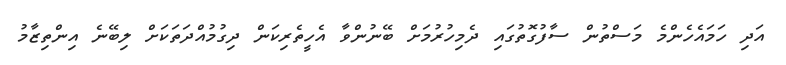
އަދި ހަމައެހެންމެ މަސްތުން ސާފުގޮތުގައި ދެމިހުރުމަށް ބޭނުންވާ އެހީތެރިކަން ދިގުމުއްދަތަކަށް ލިބޭނެ އިންތިޒާމު